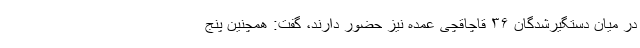
در میان دستگیرشدگان ۳۶ قاچاقچی عمده نیز حضور دارند، گفت: همچنین پنج